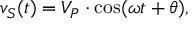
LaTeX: v _ { S } ( t ) = V _ { P } \cdot \cos ( \omega t + \theta ) ,